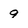
Character: 9